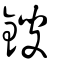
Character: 鎪